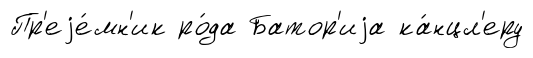
Пр'еjе́мн'ик ро́да Батор'иjа ка́нцл'еру